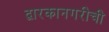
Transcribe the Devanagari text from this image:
द्वारकानगरीची